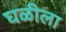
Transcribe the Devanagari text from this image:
घळीला